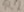
Text: R2